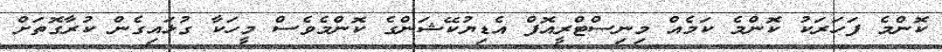
ކޮންމެ ފަހަރަކު ކޮންމެ ކަމެއް މިނިސްޓްރީއޮފް އެޑިޔުކޭޝަންގެ ކޮންމެވެސް މީހަކާ ގުޅައިގެން ކުރާގޮތަށް